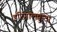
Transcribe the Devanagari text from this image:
इरिंगालक्कुटा